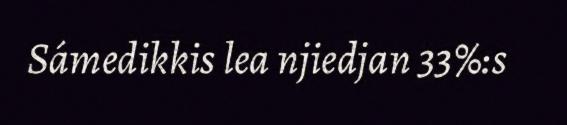
Sámedikkis lea njiedjan 33%:s